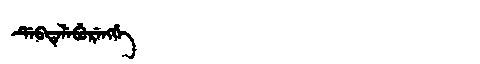
Manchu: ᡩᡝᠪᡨᡝᠯᡝᠪᡠᡵᡝᠩᡤᡝ
Romanization: DEBTELEBURENGGE